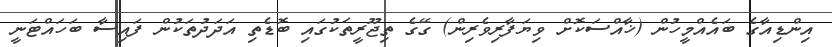
އިންޑިއާގެ ބައެއްމީހުން (ޚާއްސަކޮށް ވިޔަފާރިވެރިން) ގޭގެ ތިޖޫރީތަކުގައި ބޮޑެތި އަދަދުތަކުން ފައިސާ ބަހައްޓަނީ